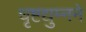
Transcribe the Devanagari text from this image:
धृष्टद्युम्नने